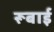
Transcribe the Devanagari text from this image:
रूबाई